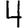
Digit: 4